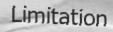
Limitation